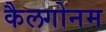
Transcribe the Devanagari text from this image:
कैलगोनम